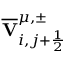
\overline { { \mathbf { V } } } _ { i , j + \frac { 1 } { 2 } } ^ { \mu , \pm }